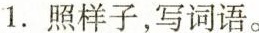
1. 照样子，写词语。